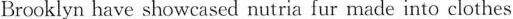
Brooklyn Lave showcased nutria fur made into clothes